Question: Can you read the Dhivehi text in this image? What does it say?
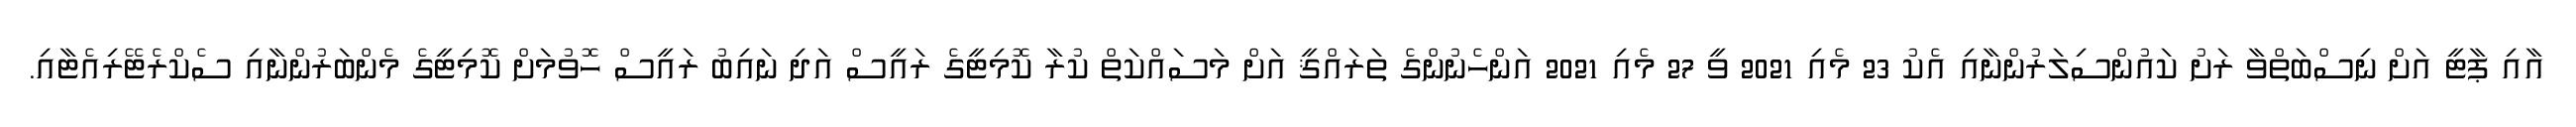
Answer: އާއި ޕާޓީ އަށް ނިސްބަތްވާ ރަށު ކައުންސިލަރުންނާއި އެކު 23 މެއި 2021 ވީ 27 މެއި 2021 އަންހެނުންގެ ތަރައްޤީ އަށް މަސައްކަތް ކުރާ ކޮމިޓީގެ ރައީސް އަދި ނައިބު ރައީސް ހޮވުމަށް ކޮމިޓީގެ މެންބަރުންނާއި ސެކްރެޓޭރިއެޓާއި.